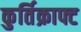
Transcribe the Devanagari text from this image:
कुर्तिक्राफ्ट